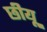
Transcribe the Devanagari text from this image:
छीयू